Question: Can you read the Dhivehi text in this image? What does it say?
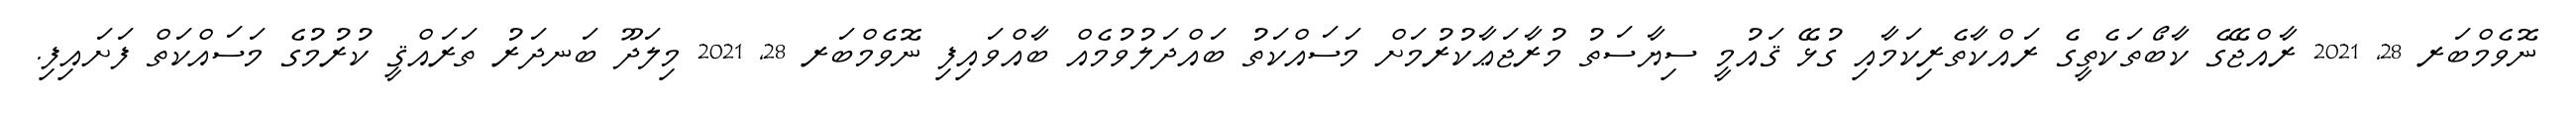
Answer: ނޮވެމްބަރ 28, 2021 ރާއްޖޭގެ ކާބޯތަކެތީގެ ރައްކާތެރިކަމާއި ގުޅޭ ޤައުމީ ސިޔާސަތު މުރާޖަޢާކުރުމަށް މަސައްކަތު ބައްދަލުވުމެއް ބާއްވައިފި ނޮވެމްބަރ 28, 2021 މިލަދޫ ބަނދަރު ތަރައްޤީ ކުރުމުގެ މަސައްކަތް ފަށައިފި.